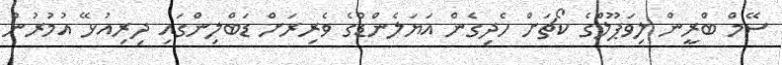
ސޭމް ބްރީން ލިވަޕޫލްގެ ކޯޗަށް ހެދިގެން އަޔަލެންޑްގެ ވެރިރަށް ޑަބްލިންގައި ދިރިއުޅޭ އުމުރުން